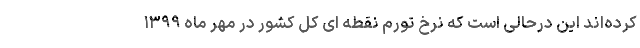
کرده­‌اند این درحالی است که نرخ تورم نقطه ای کل کشور در مهر ماه ۱۳۹۹